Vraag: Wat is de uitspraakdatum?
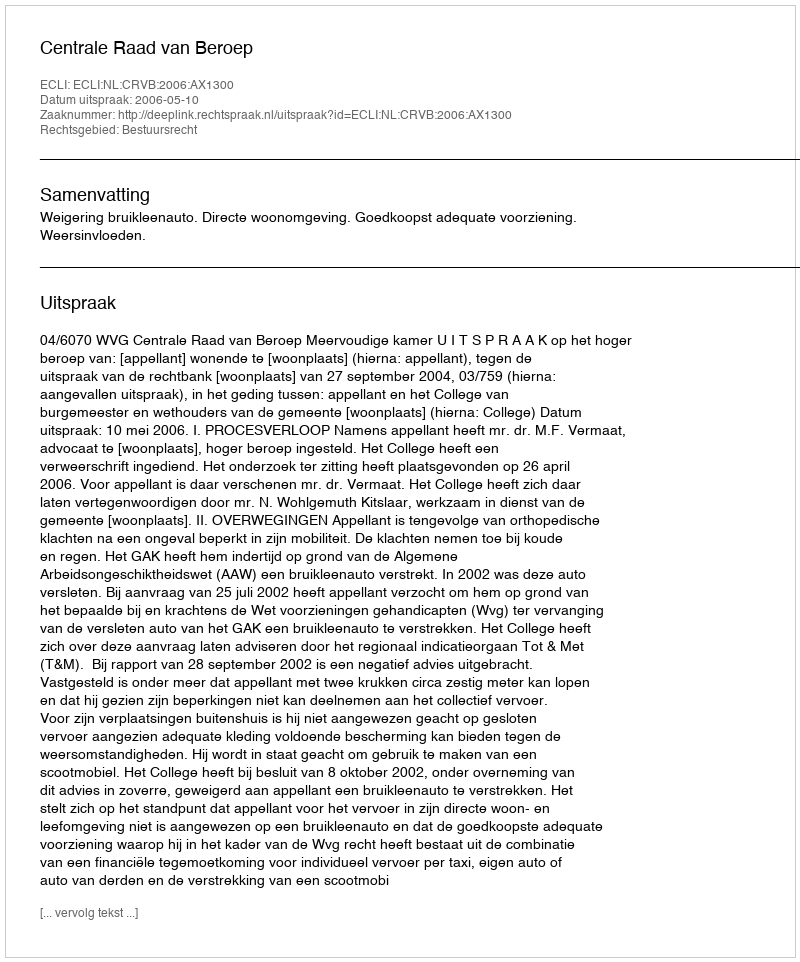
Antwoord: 2006-05-10